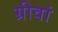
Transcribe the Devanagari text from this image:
ग्रीवां